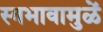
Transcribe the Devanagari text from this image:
स्वभावामुळें